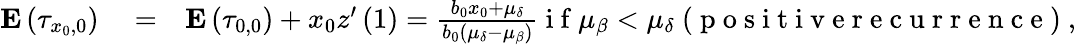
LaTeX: \begin{array}{rlr}{{\mathbf E}\left(\tau_{x_{0},0}\right)}&{{}=}&{{\mathbf E}\left(\tau_{0,0}\right)+x_{0}z^{\prime}\left(1\right)=\frac{b_{0}x_{0}+\mu_{\delta}}{b_{0}\left(\mu_{\delta}-\mu_{\beta}\right)}\mathrm{~i~f~}\mu_{\beta}<\mu_{\delta}\mathrm{~(~p~o~s~i~t~i~v~e~r~e~c~u~r~r~e~n~c~e~)~,~}}\end{array}